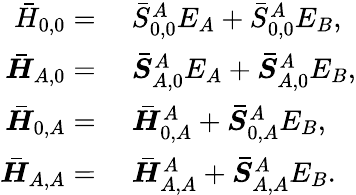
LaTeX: \begin{array}{rl}{\bar{H}_{0,0}=}&{{}\; \bar{{S}}_{0,0}^{A}E_{A}+\bar{{S}}_{0,0}^{A}E_{B},}\\ {\boldsymbol{\bar{H}}_{A,0}=}&{{}\; \boldsymbol{\bar{{S}}}_{A,0}^{A}E_{A}+\boldsymbol{\bar{{S}}}_{A,0}^{A}E_{B},}\\ {\boldsymbol{\bar{H}}_{0,A}=}&{{}\; \boldsymbol{\bar{H}}_{0,A}^{A}+\boldsymbol{\bar{{S}}}_{0,A}^{A}E_{B},}\\ {\boldsymbol{\bar{H}}_{A,A}=}&{{}\; \boldsymbol{\bar{H}}_{A,A}^{A}+\boldsymbol{\bar{{S}}}_{A,A}^{A}E_{B}.}\end{array}